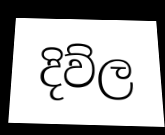
දිව්ල